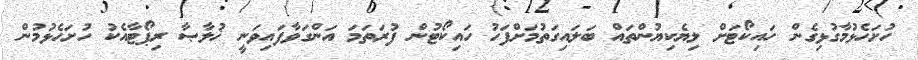
ހުށަހެޅުމާގުޅިގެން ހައިކޯޓަށް ލިޔެކިޔުންތައް ބަލައިގަތުމަށްފަހު ހައިކޯޓުން ފުރަތަމަ އަންގަވާފައިވަނީ ޚުލާޞާ ރިޕޯޓާއެކު ހުށަހެޅުމުން